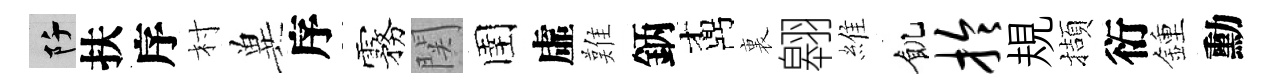
阡扶序村兾序霧関圉虛難鈵鼒裏翱維飢拎規擷衍鍾勳